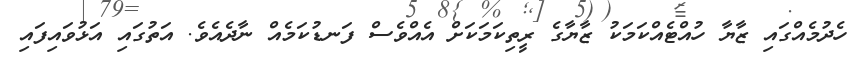
ހެދުމެއްގައި ޒާޔާ ހުއްޓެއްކަމަކު ޒާޔާގެ ރީތިކަމަކަށް އެއްވެސް ފަނޑުކަމެއް ނާދެއެވެ. އަތުގައި އަޅުވައިފައި